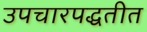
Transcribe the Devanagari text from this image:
उपचारपद्धतीत